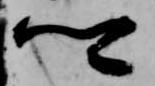
卿